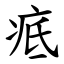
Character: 疷